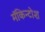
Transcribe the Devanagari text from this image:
मॅकिन्टोश